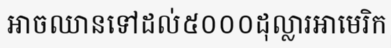
អាចឈានទៅដល់៥០០០ដុល្លារអាមេរិក